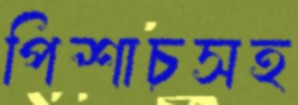
পিশাচসহ